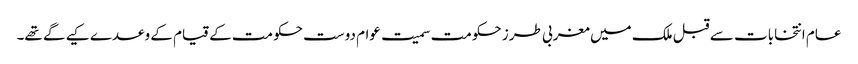
عام انتخابات سے قبل ملک میں مغربی طرز حکومت سمیت عوام دوست حکومت کے قیام کے وعدے کیے گے تھے۔